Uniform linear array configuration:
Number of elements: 48
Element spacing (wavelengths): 0.25
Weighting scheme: hamming
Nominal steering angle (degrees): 45
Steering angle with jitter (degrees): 43.758
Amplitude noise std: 0.05
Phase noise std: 0.05

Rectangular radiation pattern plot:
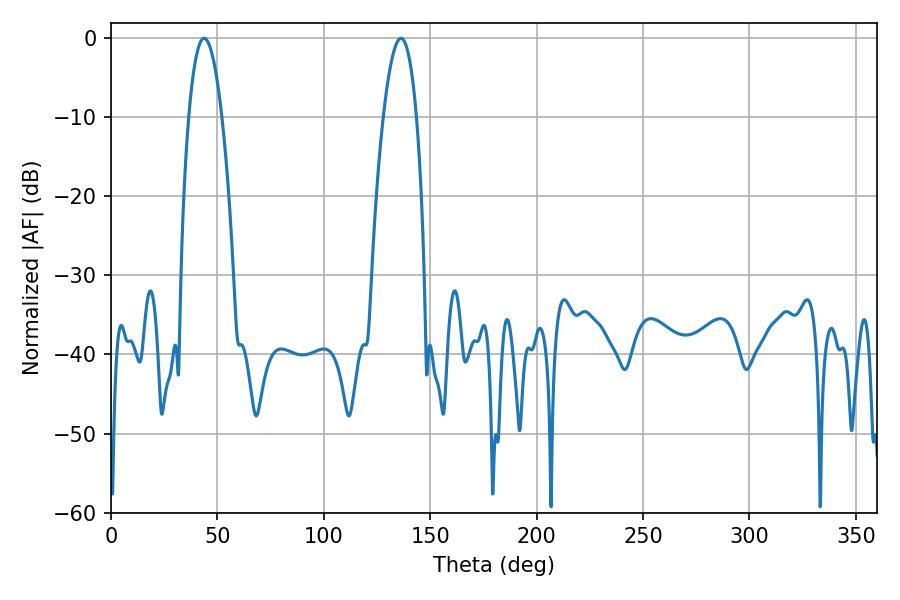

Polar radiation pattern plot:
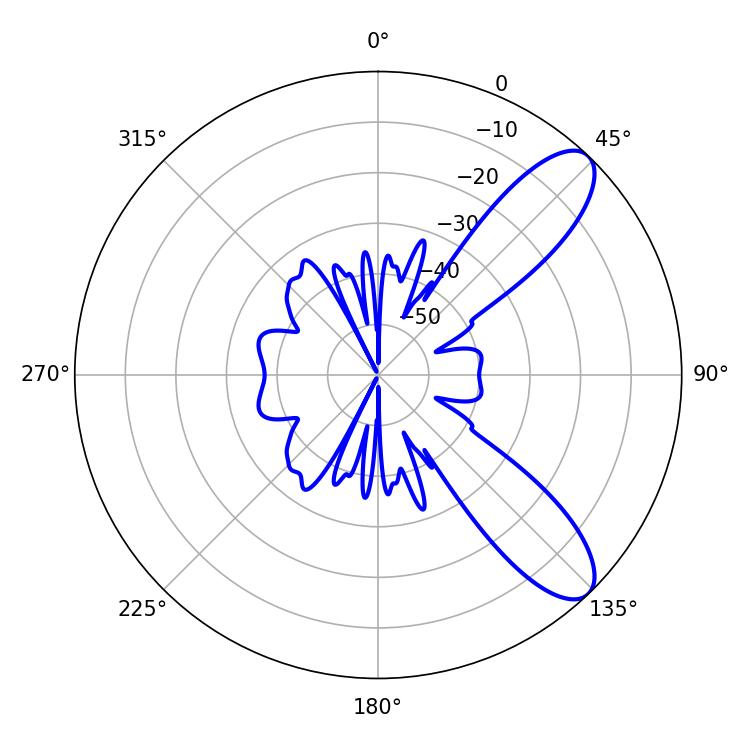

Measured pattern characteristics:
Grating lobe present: FALSE
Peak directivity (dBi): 9.517
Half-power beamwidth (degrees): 8.64
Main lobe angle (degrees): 43.74